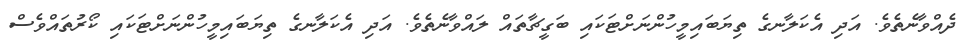
ދެއްވާނެތެވެ. އަދި އެކަލާނގެ ތިޔަބައިމީހުންނަށްޓަކައި ބަގީޗާތައް ލައްވާނެތެވެ. އަދި އެކަލާނގެ ތިޔަބައިމީހުންނަށްޓަކައި ކޯރުތައްވެސް